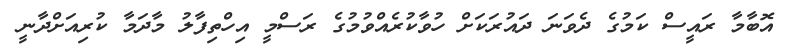
އޮބާމާ ރައީސް ކަމުގެ ދެވަނަ ދައުރަކަށް ހުވާކުރެއްވުމުގެ ރަސްމީ އިހްތިފާލު މާދަމާ ކުރިއަށްދާނީ